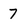
Character: 7